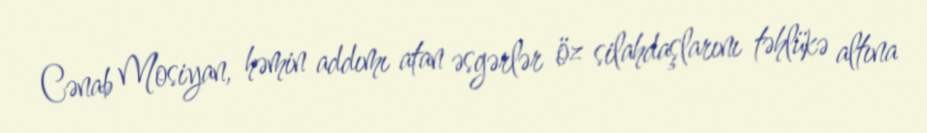
Cənab Mosiyan, həmin addımı atan əsgərlər öz silahdaşlarını təhlükə altına